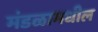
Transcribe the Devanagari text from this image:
मंडळामधील